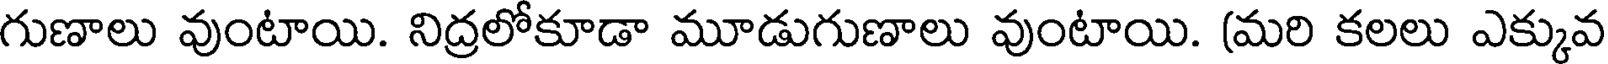
గుణాలు వుంటాయి. నిద్రలోకూడా మూడుగుణాలు వుంటాయి. (మరి కలలు ఎక్కువ